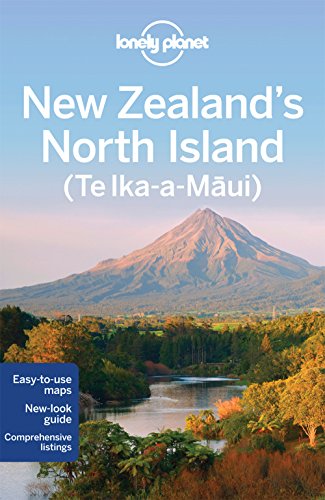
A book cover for Lonely Planet New Zealand's North Island (Travel Guide); Lonely Planet; Travel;